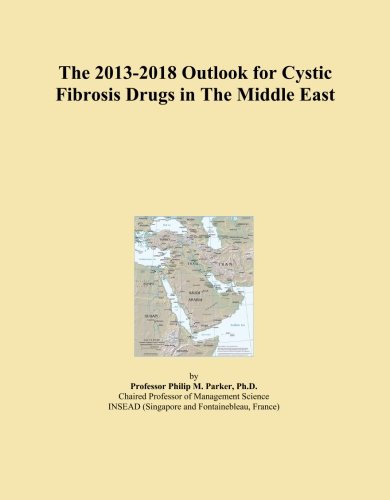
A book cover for The 2013-2018 Outlook for Cystic Fibrosis Drugs in The Middle East; Icon Group International; Health, Fitness & Dieting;